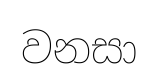
වනසා